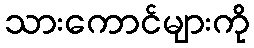
သားကောင်များကို